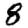
Digit: 8